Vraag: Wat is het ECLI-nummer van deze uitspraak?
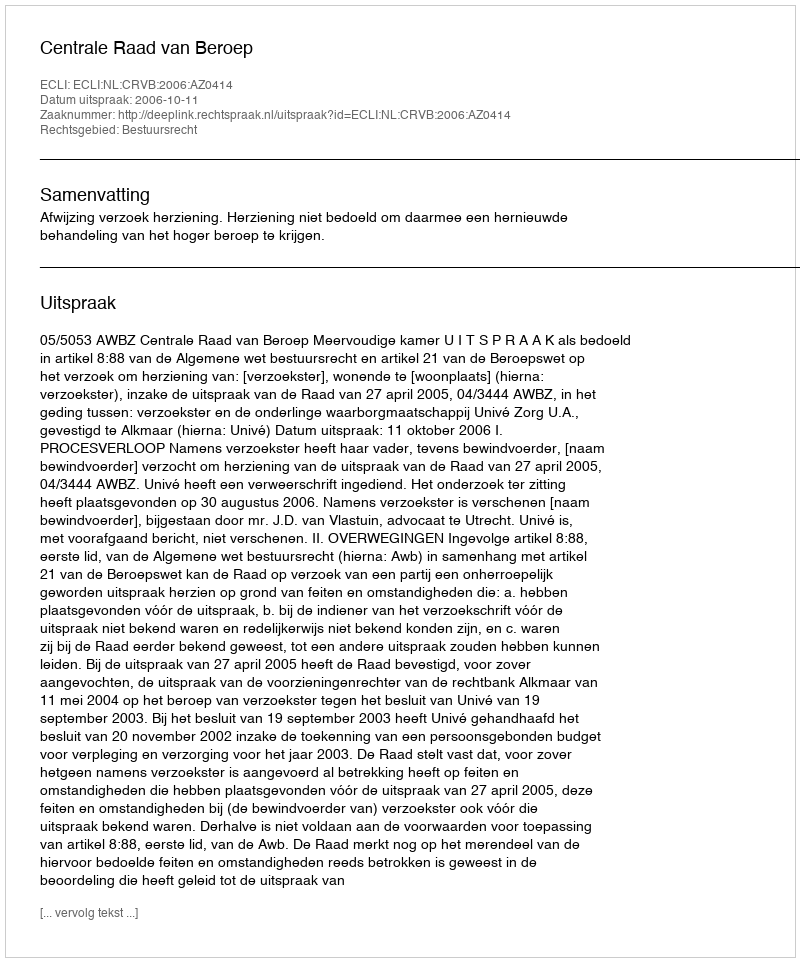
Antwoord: ECLI:NL:CRVB:2006:AZ0414